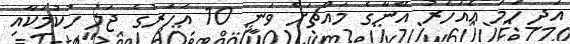
އަދި ހަމަ އެއަހަރު އޭނާގެ މައްޗަށް ވަނީ 10 އަހަރުގެ ޖަލު ހުކުމަކާއި